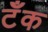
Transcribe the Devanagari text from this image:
टॅँक